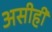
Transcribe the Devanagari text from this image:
असीही